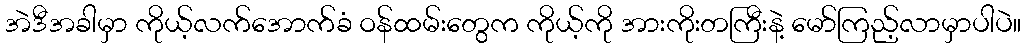
အဲဒီအခါမှာ ကိုယ့်လက်အောက်ခံ ဝန်ထမ်းတွေက ကိုယ့်ကို အားကိုးတကြီးနဲ့ မော်ကြည့်လာမှာပါပဲ။